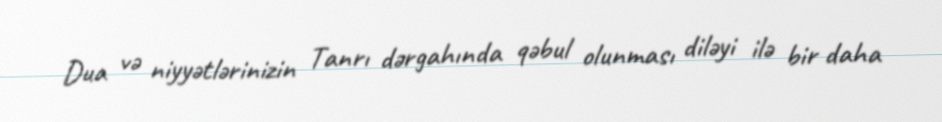
Dua və niyyətlərinizin Tanrı dərgahında qəbul olunması diləyi ilə bir daha